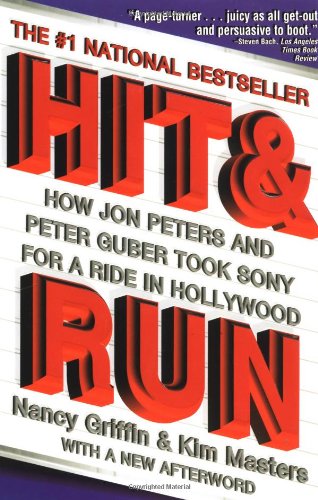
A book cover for Hit and Run; Nancy Griffin; Humor & Entertainment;